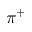
\pi ^ { + }